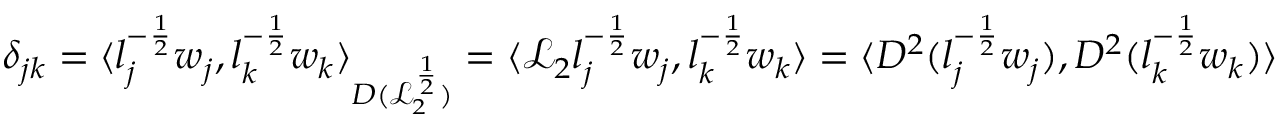
\delta _ { j k } = \langle l _ { j } ^ { - \frac { 1 } { 2 } } w _ { j } , l _ { k } ^ { - \frac { 1 } { 2 } } w _ { k } \rangle _ { D ( \mathcal { L } _ { 2 } ^ { \frac { 1 } { 2 } } ) } = \langle \mathcal { L } _ { 2 } l _ { j } ^ { - \frac { 1 } { 2 } } w _ { j } , l _ { k } ^ { - \frac { 1 } { 2 } } w _ { k } \rangle = \langle D ^ { 2 } ( l _ { j } ^ { - \frac { 1 } { 2 } } w _ { j } ) , D ^ { 2 } ( l _ { k } ^ { - \frac { 1 } { 2 } } w _ { k } ) \rangle